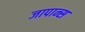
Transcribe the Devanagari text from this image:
जापान्स